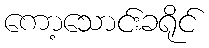
ကော့သောင်းခရိုင်